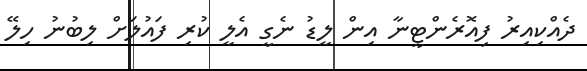
ދެއްކިއިރު ފިއޮރެންޓީނާ އިން ލީޑު ނެގީ އެލީ ކުރި ފައުލަށް ލިބުނު ހިލޭ